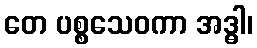
တေ ပစ္စသေဝကာ အဒ္ဓါ၊